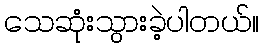
သေဆုံးသွားခဲ့ပါတယ်။